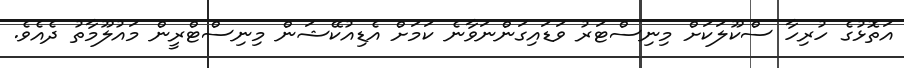
އަތޮޅުގެ ހުރިހާ ސްކޫލަކަށް މިނިސްޓަރު ވަޑައިގަންނަވާނެ ކަމަށް އެޑިއުކޭޝަން މިނިސްޓްރީން މައުލޫމާތު ދެއެވެ.